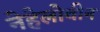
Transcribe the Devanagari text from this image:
नेहेलोवीन